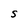
Character: S